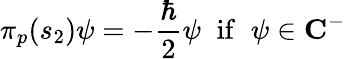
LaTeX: \pi_{p}(s_{2})\psi=-\frac{\hbar}2\psi\; \; \mathrm{i}\mathrm{f}\; \; \psi\in{\mathbf C}^{-}